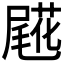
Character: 𡳖